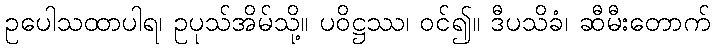
ဥပေါသထာပါရ၊ ဥပုသ်အိမ်သို့။ ပဝိဋ္ဌဿ၊ ဝင်၍။ ဒီပသိခံ၊ ဆီမီးတောက်